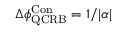
\Delta \phi _ { \mathrm { { Q C R B } } } ^ { \mathrm { { C o n } } } = 1 / | \alpha |